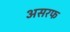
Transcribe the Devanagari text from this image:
असरफ